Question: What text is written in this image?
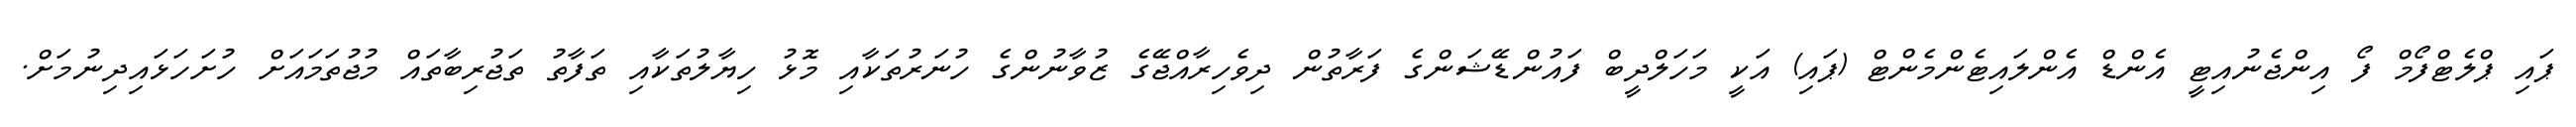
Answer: ޕައި ޕްލެޓްފޯމް ފޯ އިންޖެނުއިޓީ އެންޑް އެންލައިޓެންމެންޓް (ޕައި) އަކީ މަހަލްދީބް ފައުންޑޭޝަންގެ ފަރާތުން ދިވެހިރާއްޖޭގެ ޒުވާނުންގެ ހުނަރުތަކާއި މޮޅު ހިޔާލުތަކާއި ތަފާތު ތަޖުރިބާތައް މުޖުތަމައަށް ހުށަހަޅައިދިނުމަށް.